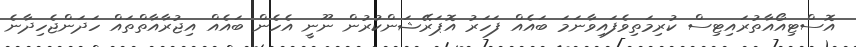
އޮސްޓިއޯއާތުރައިޓިސް ކުރިމަތިވެފައިވާނަމަ ބައެއް ފަހަރު އޮޕަރޭޝަންކުރުން ނޫނީ އެހެން ބައެއް އިޖުރާއާތްތައް ހަދަންޖެހިދާނެ